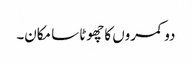
دو کمروں کا چھوٹا سا مکان۔